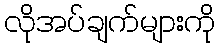
လိုအပ်ချက်များကို